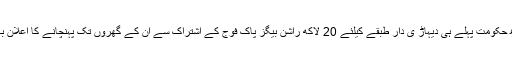
واضح رہے سندھ حکومت پہلے ہی دیہاڑ ی دار طبقے کیلئے 20 لاکھ راشن بیگز پاک فوج کے اشتراک سے ان کے گھروں تک پہنچانے کا اعلان بھی کر چکی ہے۔